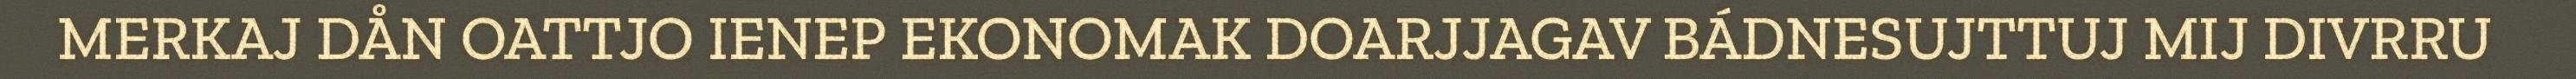
MERKAJ DÅN OATTJO IENEP EKONOMAK DOARJJAGAV BÁDNESUJTTUJ MIJ DIVRRU